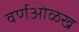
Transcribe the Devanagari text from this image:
वर्णओळख